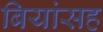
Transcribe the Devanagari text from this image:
बियांसह